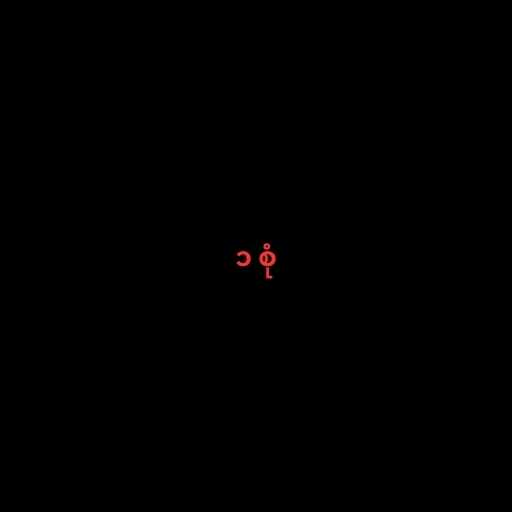
၁ စုံ